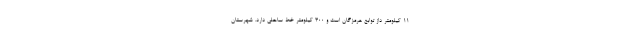
۱۱ کیلومتر داز توابع هرمزگان است و ۳۰۰ کیلومتر خط ساحلی دارد. شهرستان